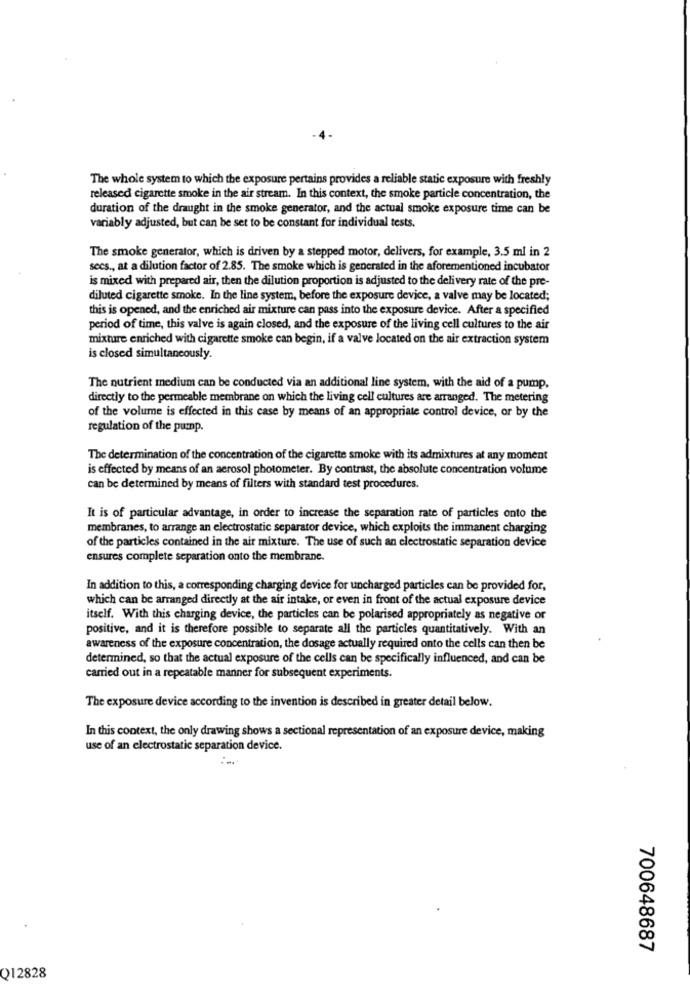
The whole system to which the exposure pertains provides a reliable static exposure with freshly
released cigarette smoke in the air stream. In this context, the smoke particle concentration, the
duration of the draught in the smoke generator, and the actual smoke exposure time can be
variably adjusted, but can be set to be constant for individual tests.
The smoke generator, which is driven by a stepped motor, delivers, for example, 3.5 ml in 2
secs ., at a dilution factor of 2.85. The smoke which is generated in the aforementioned incubator
is mixed with prepared air, then the dilution proportion is adjusted to the delivery rate of the pre-
diluted cigarette smoke. In the line system, before the exposure device, a valve may be located;
this is opened, and the enriched air mixture can pass into the exposure device. After a specified
period of time, this valve is again closed, and the exposure of the living cell cultures to the air
mixture enriched with cigarette smoke can begin, if a valve located on the air extraction system
is closed simultaneously.
The nutrient medium can be conducted via an additional line system, with the aid of a pump,
directly to the permeable membrane on which the living cell cultures are arranged. The metering
of the volume is effected in this case by means of an appropriate control device, or by the
regulation of the pump.
The determination of the concentration of the cigarette smoke with its admixtures at any moment
is effected by means of an aerosol photometer. By contrast, the absolute concentration volume
can be determined by means of filters with standard test procedures.
It is of particular advantage, in order to increase the separation rate of particles onto the
membranes, to arrange an electrostatic separator device, which exploits the immanent charging
of the particles contained in the air mixture. The use of such an electrostatic separation device
ensures complete separation onto the membrane.
In addition to this, a corresponding charging device for uncharged particles can be provided for,
which can be arranged directly at the air intake, or even in front of the actual exposure device
itself. With this charging device, the particles can be polarised appropriately as negative or
positive, and it is therefore possible to separate all the particles quantitatively. With an
awareness of the exposure concentration, the dosage actually required onto the cells can then be
determined, so that the actual exposure of the cells can be specifically influenced, and can be
carried out in a repeatable manner for subsequent experiments.
The exposure device according to the invention is described in greater detail below.
In this context, the only drawing shows a sectional representation of an exposure device, making
use of an electrostatic separation device.
700648687
Q12828